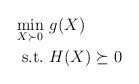
LaTeX: \begin{align*}& \min_{X \succ 0}\, g(X) \\& \ \, \mbox{\rm s.t.} \ H (X) \succeq 0 \end{align*}